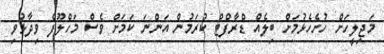
މަޖިލީހަށް ހުށެހެޅުމަށް ބިލެއް ޑްރާފްޓް ކުރަމުން އަންނަ ކަމަށް ވެސް މަހްލޫފް ވިދާޅުވި